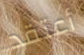
أعتقد